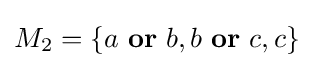
{\textstyle M_{2}=\{a\ {\bf {or}}\ b,b\ {\bf {or}}\ c,c\}}